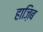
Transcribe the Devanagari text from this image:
हाज़िब